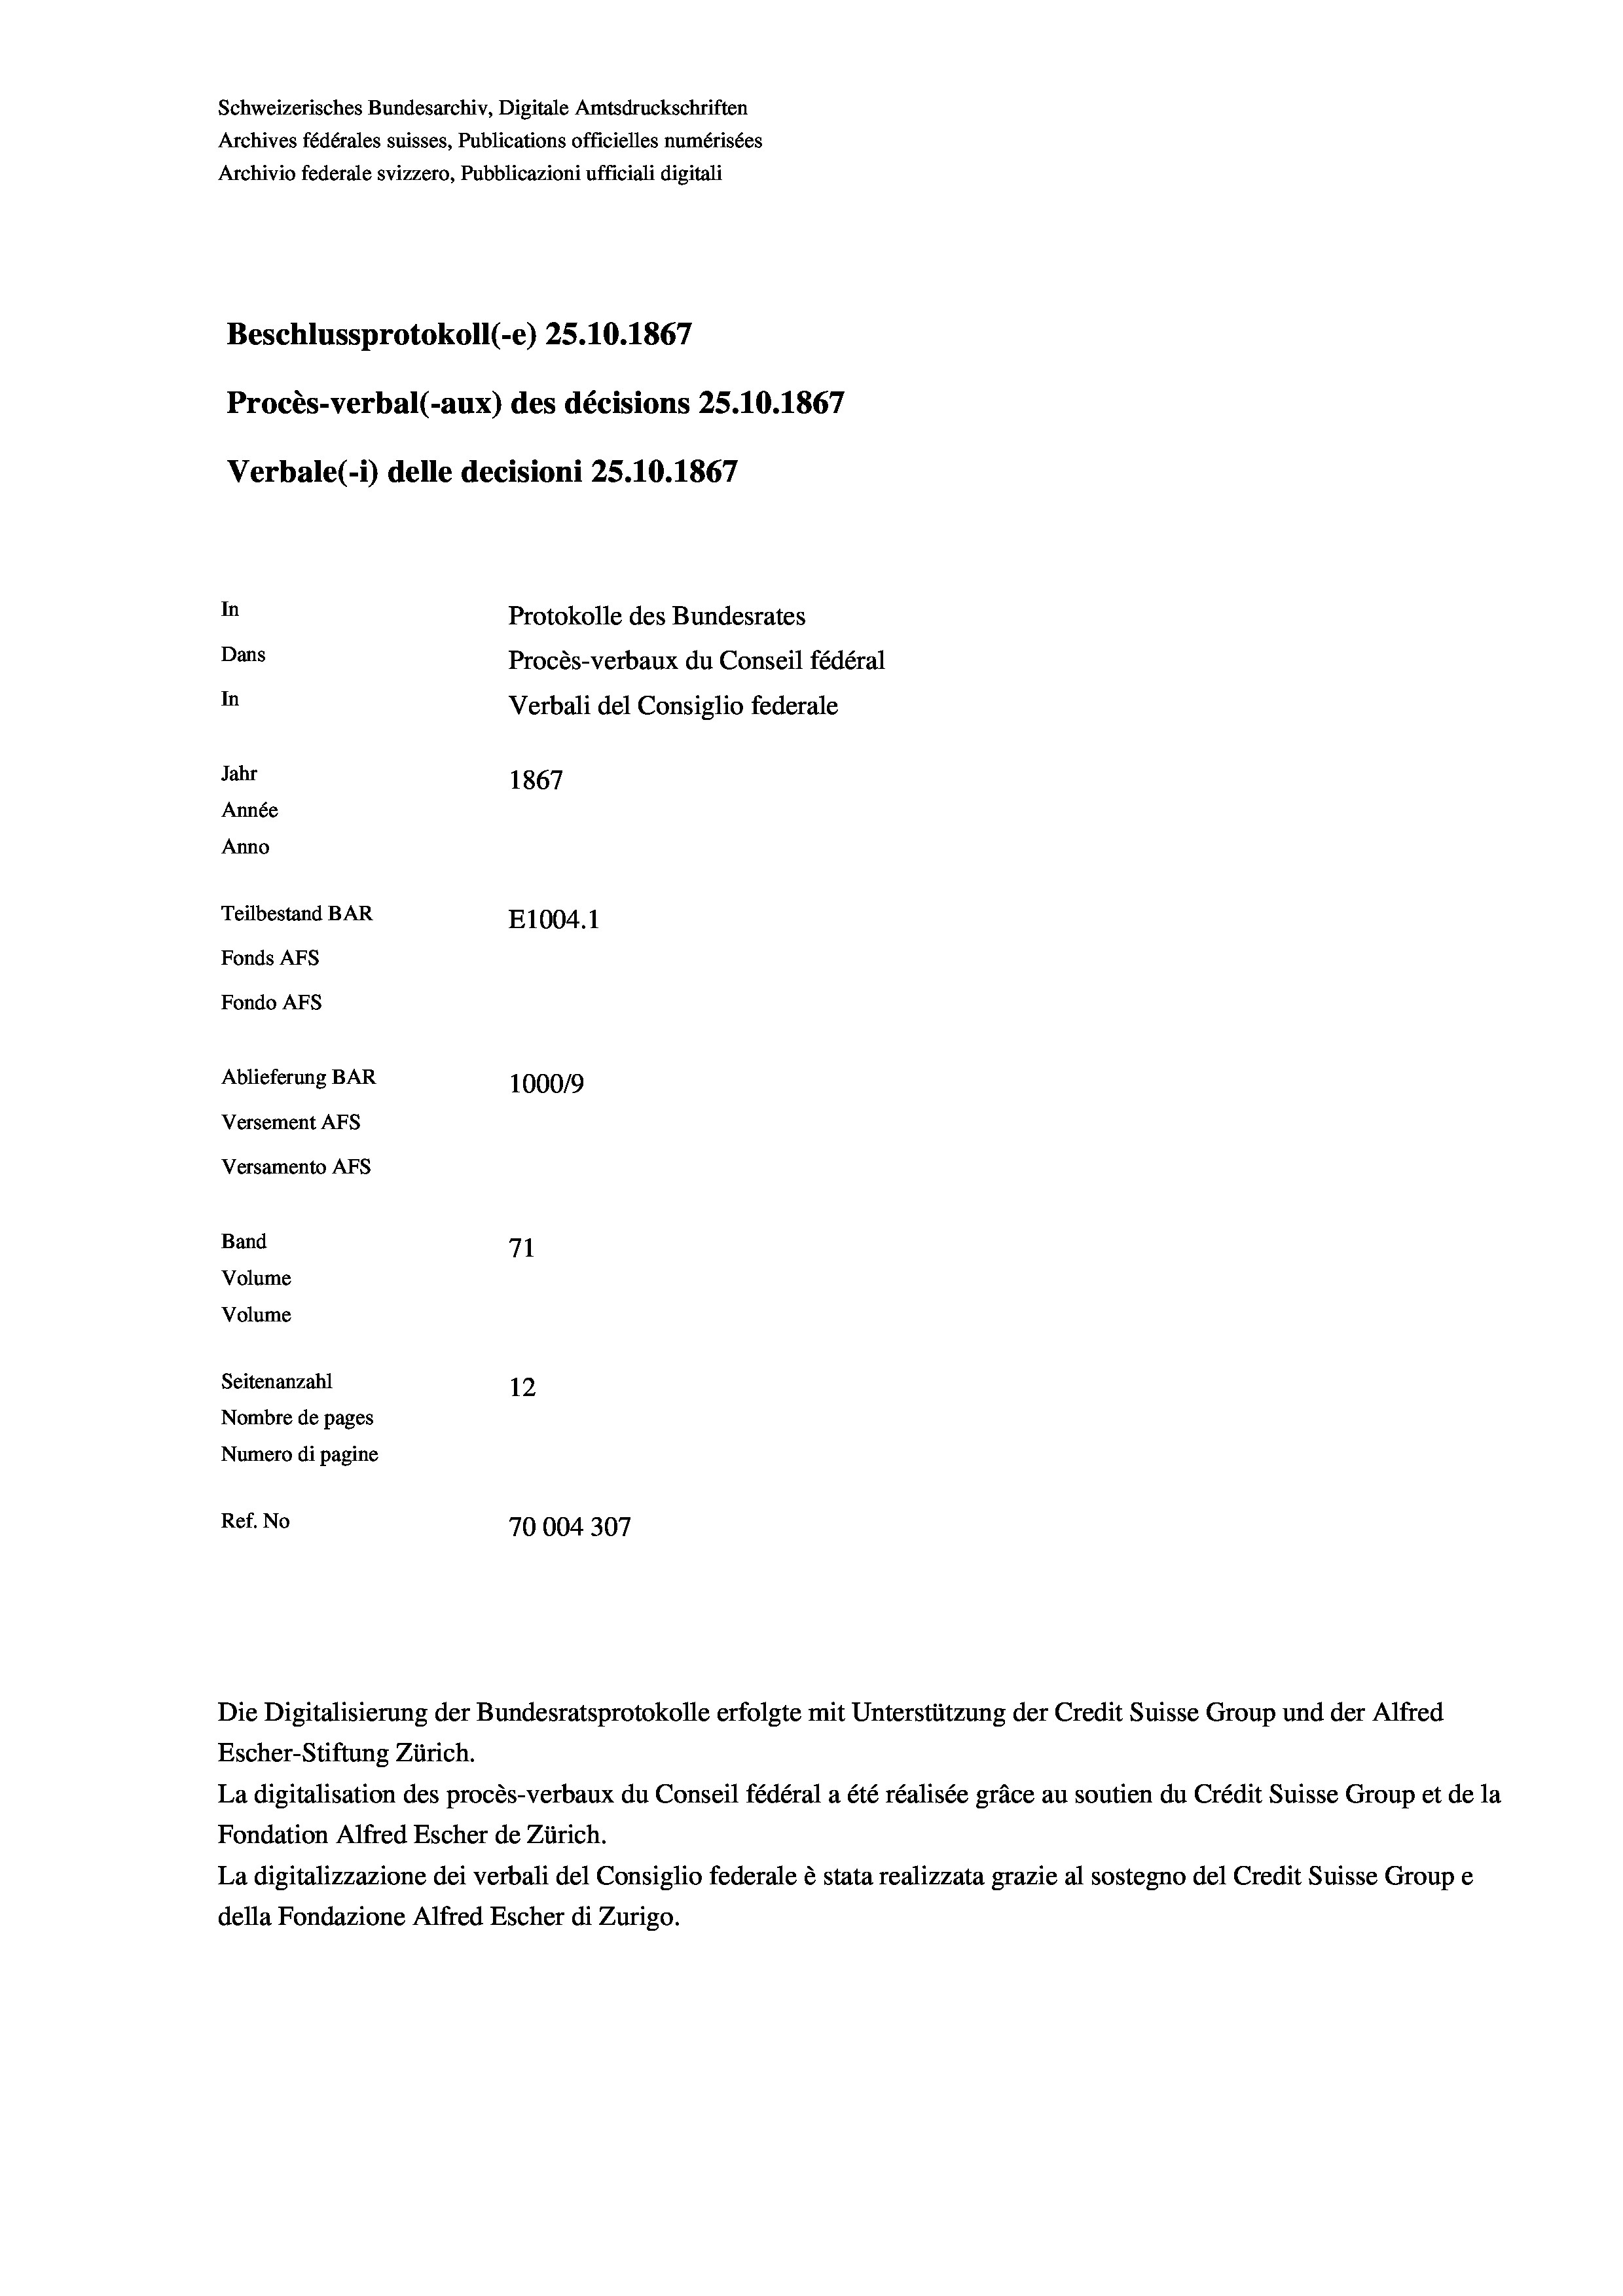
Schweizerisches Bundesarchiv, Digitale Amtsdruckschriften
Archives fédérales suisses, Publications officielles numérisées
Archivio federale svizzero, Pubblicazioni ufficiali digitali
Beschlussprotokoll (-e) 25.10.1867
Procès-verbal (-aux) des décisions 25.10.1867
Verbale(*) delle decisioni 25.10.1867
In
Protokolle des Bundesrates
Dans
Procès-verbaux du Conseil fédéral
In
Verbali del Consiglio federale
Jahr
1867
Année
Anno
Teilbestand BAR
E1004. 1
Fonds AFs
Fondo AFs
Ablieferung BAR
1000/9
Versement AFs
Versamento AFs
Band
71
Volume
Volume

Seitenanzahl
12
Nombre de pages
Numero di pagine
Ref. No
70004307

Escher-Stiftung Zürich.
La digitalisation des procès-verbaux du Conseil fédéral a été réalisée gräce au soutien du Crédit Suisse Group et de la
Fondation Alfred Escher de Zürich.
La digitalizzazione dei verbali del Consiglio federale è stata realizzata grazie al sostegno del Credit Suisse Groupe
della Fondazione Alfred Escher di Zurigo.

Die Digitalisierung der Bundesratsprotokolle erfolgte mit Unterstützung der Credit Suisse Group und der Alfred